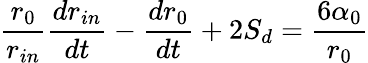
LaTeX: \frac{r_{0}}{r_{in}}\frac{dr_{in}}{dt}-\frac{dr_{0}}{dt}+2S_{d}=\frac{6\alpha_{0}}{r_{0}}